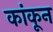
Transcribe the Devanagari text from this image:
कांकून